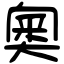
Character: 奧